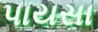
પાયસા